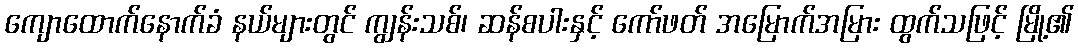
ကျောထောက်နောက်ခံ နယ်များတွင် ကျွန်းသစ်၊ ဆန်စပါးနှင့် ကော်ဖတ် အမြောက်အမြား ထွက်သဖြင့် မြို့၏